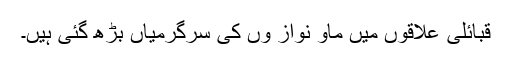
قبائلی علاقوں میں ماؤ نواز وں کی سرگرمیاں بڑھ گئی ہیں۔